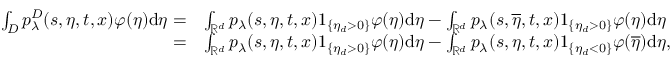
\begin{array} { r l } { \int _ { D } p _ { \lambda } ^ { D } ( s , \eta , t , x ) \varphi ( \eta ) \mathrm { d } \eta = } & { \int _ { \mathbb { R } ^ { d } } p _ { \lambda } ( s , \eta , t , x ) 1 _ { \{ \eta _ { d } > 0 \} } \varphi ( \eta ) \mathrm { d } \eta - \int _ { \mathbb { R } ^ { d } } p _ { \lambda } ( s , \overline { { \eta } } , t , x ) 1 _ { \{ \eta _ { d } > 0 \} } \varphi ( \eta ) \mathrm { d } \eta } \\ { = } & { \int _ { \mathbb { R } ^ { d } } p _ { \lambda } ( s , \eta , t , x ) 1 _ { \{ \eta _ { d } > 0 \} } \varphi ( \eta ) \mathrm { d } \eta - \int _ { \mathbb { R } ^ { d } } p _ { \lambda } ( s , \eta , t , x ) 1 _ { \{ \eta _ { d } < 0 \} } \varphi ( \overline { { \eta } } ) \mathrm { d } \eta , } \end{array}